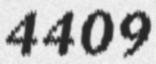
4409